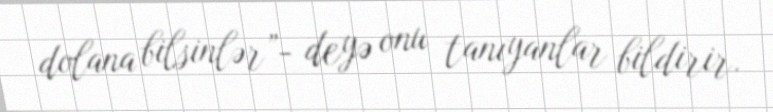
dolana bilsinlər”- deyə onu tanıyanlar bildirir.